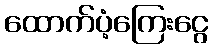
ထောက်ပံ့ကြေးငွေ